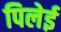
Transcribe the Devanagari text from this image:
पिलेई